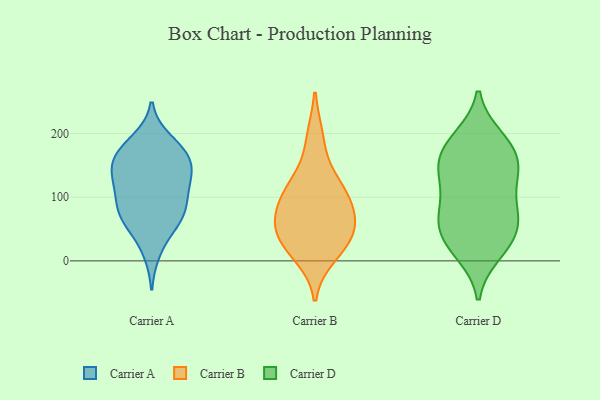
{"axis": {"x": "Revenue (USD Million)", "y": "Value"}, "legend": ["Carrier A", "Carrier B", "Carrier D"], "data": [{"x": "", "y": 124, "type": "Carrier A"}, {"x": "", "y": 113, "type": "Carrier A"}, {"x": "", "y": 87, "type": "Carrier A"}, {"x": "", "y": 146, "type": "Carrier A"}, {"x": "", "y": 54, "type": "Carrier A"}, {"x": "", "y": 176, "type": "Carrier A"}, {"x": "", "y": 72, "type": "Carrier A"}, {"x": "", "y": 153, "type": "Carrier A"}, {"x": "", "y": 127, "type": "Carrier A"}, {"x": "", "y": 66, "type": "Carrier A"}, {"x": "", "y": 169, "type": "Carrier A"}, {"x": "", "y": 15, "type": "Carrier A"}, {"x": "", "y": 169, "type": "Carrier A"}, {"x": "", "y": 98, "type": "Carrier A"}, {"x": "", "y": 189, "type": "Carrier A"}, {"x": "", "y": 145, "type": "Carrier A"}, {"x": "", "y": 69, "type": "Carrier A"}, {"x": "", "y": 116, "type": "Carrier B"}, {"x": "", "y": 35, "type": "Carrier B"}, {"x": "", "y": 95, "type": "Carrier B"}, {"x": "", "y": 68, "type": "Carrier B"}, {"x": "", "y": 192, "type": "Carrier B"}, {"x": "", "y": 45, "type": "Carrier B"}, {"x": "", "y": 121, "type": "Carrier B"}, {"x": "", "y": 77, "type": "Carrier B"}, {"x": "", "y": 10, "type": "Carrier B"}, {"x": "", "y": 34, "type": "Carrier B"}, {"x": "", "y": 18, "type": "Carrier D"}, {"x": "", "y": 190, "type": "Carrier D"}, {"x": "", "y": 50, "type": "Carrier D"}, {"x": "", "y": 140, "type": "Carrier D"}, {"x": "", "y": 49, "type": "Carrier D"}, {"x": "", "y": 128, "type": "Carrier D"}, {"x": "", "y": 141, "type": "Carrier D"}, {"x": "", "y": 59, "type": "Carrier D"}, {"x": "", "y": 11, "type": "Carrier D"}, {"x": "", "y": 163, "type": "Carrier D"}, {"x": "", "y": 96, "type": "Carrier D"}, {"x": "", "y": 65, "type": "Carrier D"}, {"x": "", "y": 187, "type": "Carrier D"}, {"x": "", "y": 73, "type": "Carrier D"}, {"x": "", "y": 144, "type": "Carrier D"}, {"x": "", "y": 161, "type": "Carrier D"}, {"x": "", "y": 23, "type": "Carrier D"}, {"x": "", "y": 194, "type": "Carrier D"}, {"x": "", "y": 92, "type": "Carrier D"}]}